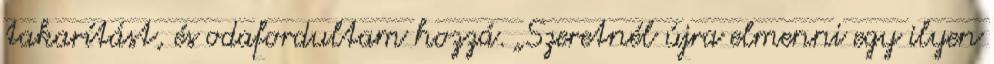
takarítást, és odafordultam hozzá. „Szeretnél újra elmenni egy ilyen